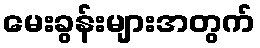
မေးခွန်းများအတွက်